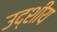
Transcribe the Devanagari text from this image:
उद्शीय